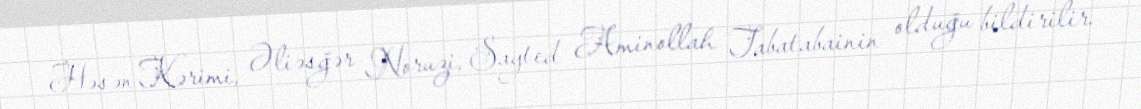
Həsən Kərimi, Əliəsğər Noruzi, Sayted Aminollah Tabatabainin olduğu bildirilir.